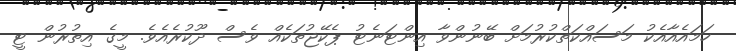
ހަމައެއާއެކު މަސައްކަތްކުރުމަށް ބޭނުންވާ އިންޓަނެޓު ޕެކޭޖުތަކެއް ވެސް ދޫކުރެއެވެ. މީގެ އިތުރުން ޓީ